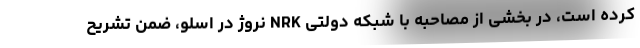
کرده است، در بخشی از مصاحبه با شبکه دولتی NRK نروژ در اسلو، ضمن تشریح